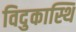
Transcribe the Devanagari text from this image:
विदुकास्थि